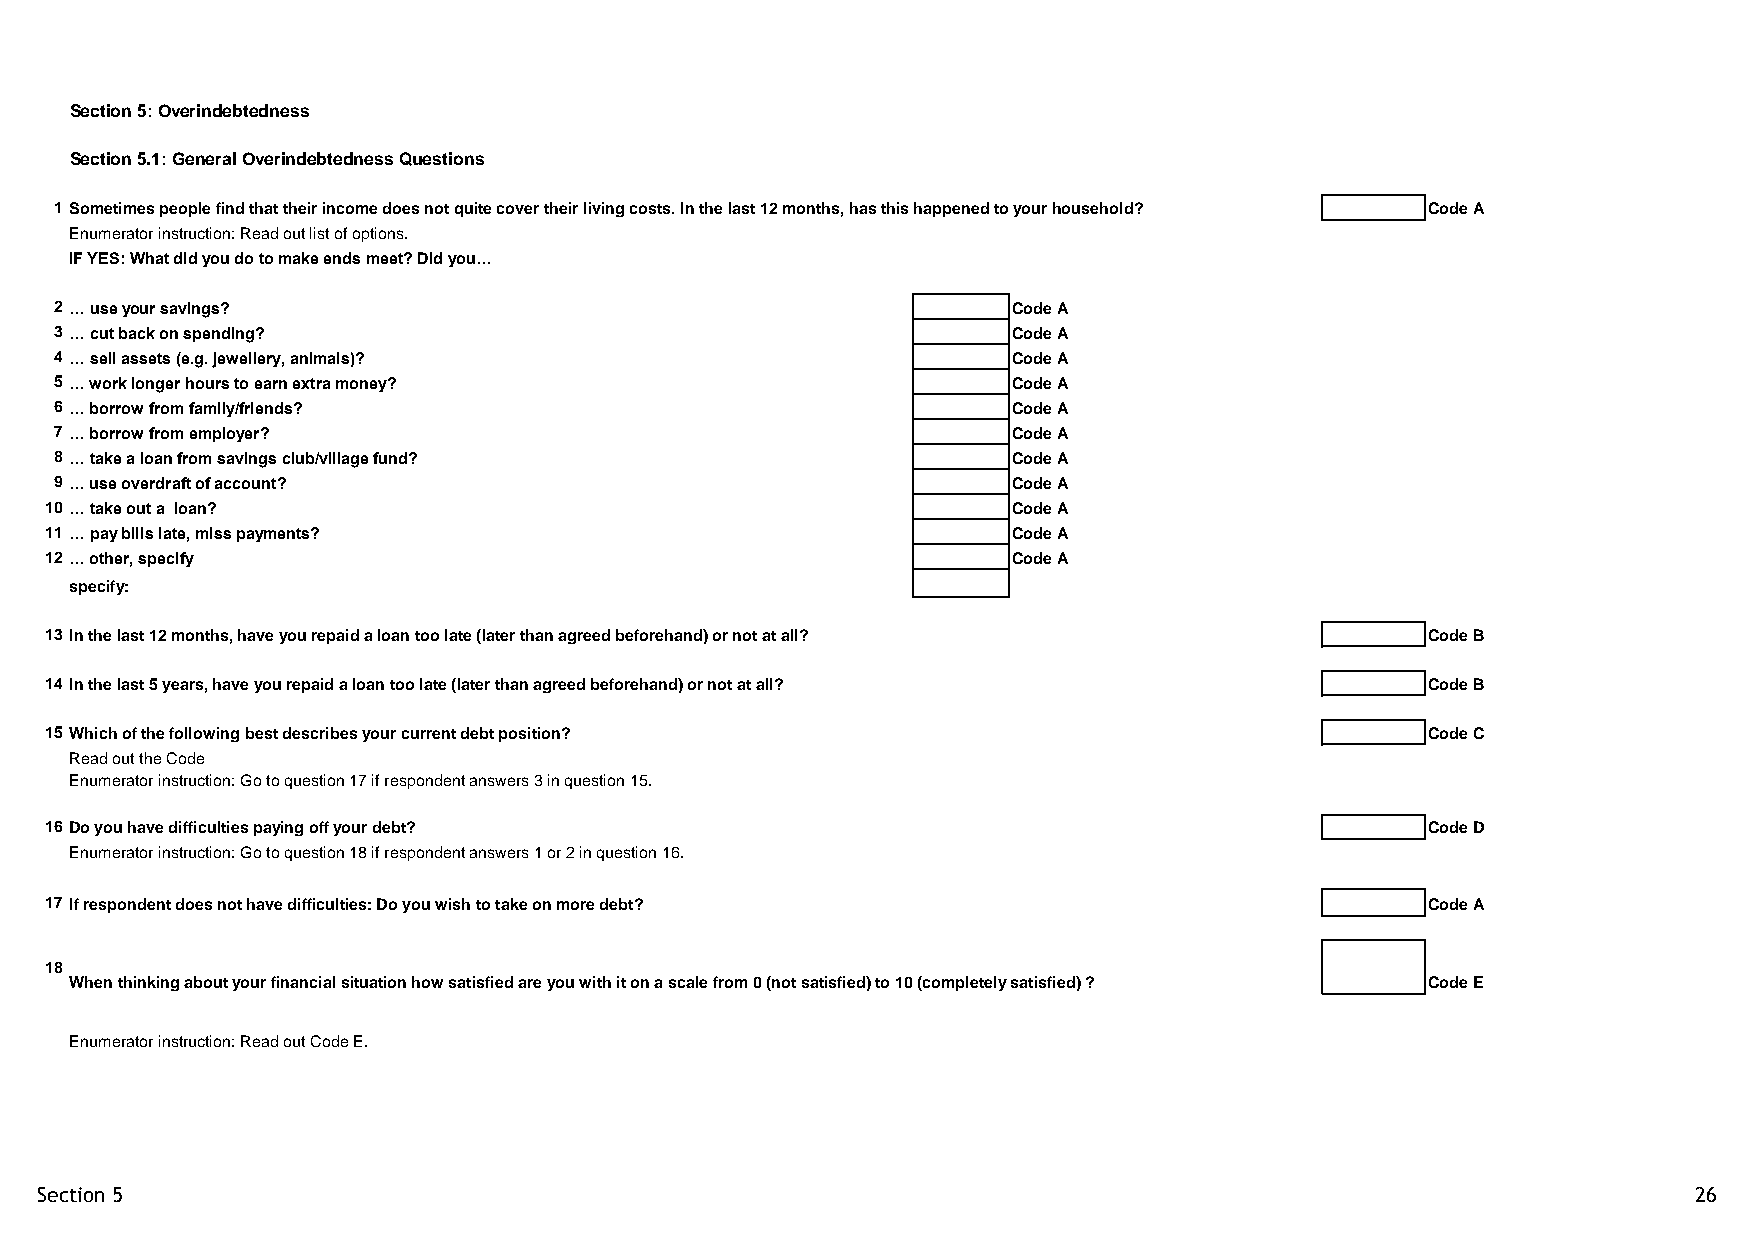
Section 5: Overindebtedness
 Section 5.1: General Overindebtedness Questions
 1 Sometimes people find that their income does not quite cover their living costs. In the last 12 months, has this happened to your household? Code A
 Enumerator instruction: Read out list of options.
 IF YES: What did you do to make ends meet? Did you…
 2 … use your savings?                                          Code A
 3 … cut back on spending?                                      Code A
 4 … sell assets (e.g. jewellery, animals)?                     Code A
 5 … work longer hours to earn extra money?                     Code A
 6 … borrow from family/friends?                                Code A
 7 … borrow from employer?                                      Code A
 8 … take a loan from savings club/village fund?                Code A
 9 … use overdraft of account?                                  Code A
 10 … take out a loan?                                           Code A
 11 … pay bills late, miss payments?                             Code A
 12 … other, specify                                             Code A
 specify:
 13 In the last 12 months, have you repaid a loan too late (later than agreed beforehand) or not at all? Code B
 14 In the last 5 years, have you repaid a loan too late (later than agreed beforehand) or not at all? Code B
 15 Which of the following best describes your current debt position?                        Code C
 Read out the Code
 Enumerator instruction: Go to question 17 if respondent answers 3 in question 15.
 16 Do you have difficulties paying off your debt?                                           Code D
 Enumerator instruction: Go to question 18 if respondent answers 1 or 2 in question 16.
 17 If respondent does not have difficulties: Do you wish to take on more debt?              Code A
 18
 When thinking about your financial situation how satisfied are you with it on a scale from 0 (not satisfied) to 10 (completely satisfied) ? Code E
 Enumerator instruction: Read out Code E.
 Section 5                                                                                                     26